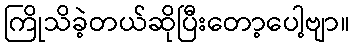
ကြိုသိခဲ့တယ်ဆိုပြီးတော့ပေါ့ဗျာ။